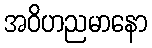
အဝိဟညမာနော